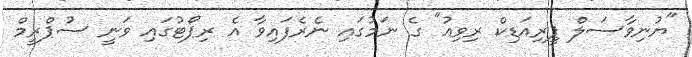
"ޔުނިވާސަލް ޕީރިއަޑިކް ރިވިއު" ގެ ނަމުގައި ނެރެފައިވާ އެ ރިޕޯޓުގައި ވަނީ ސުޕްރީމް